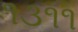
૧૩૧૧